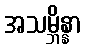
အသမ္ဘိန္နာ